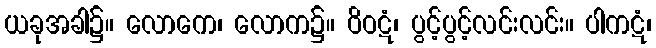
ယခုအခါ၌။ လောကေ၊ လောက၌။ ဝိဝဋံ၊ ပွင့်ပွင့်လင်းလင်း။ ပါကဋံ၊